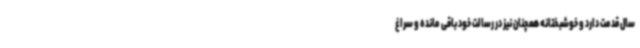
سال قدمت دارد و خوشبختانه همچنان نیز در رسالت خود باقی مانده و سراغ